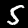
Label: 5